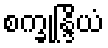
စက္ခုန္ဒြိယံ